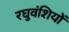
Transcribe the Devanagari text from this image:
रघुवंशियों